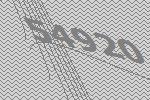
54920